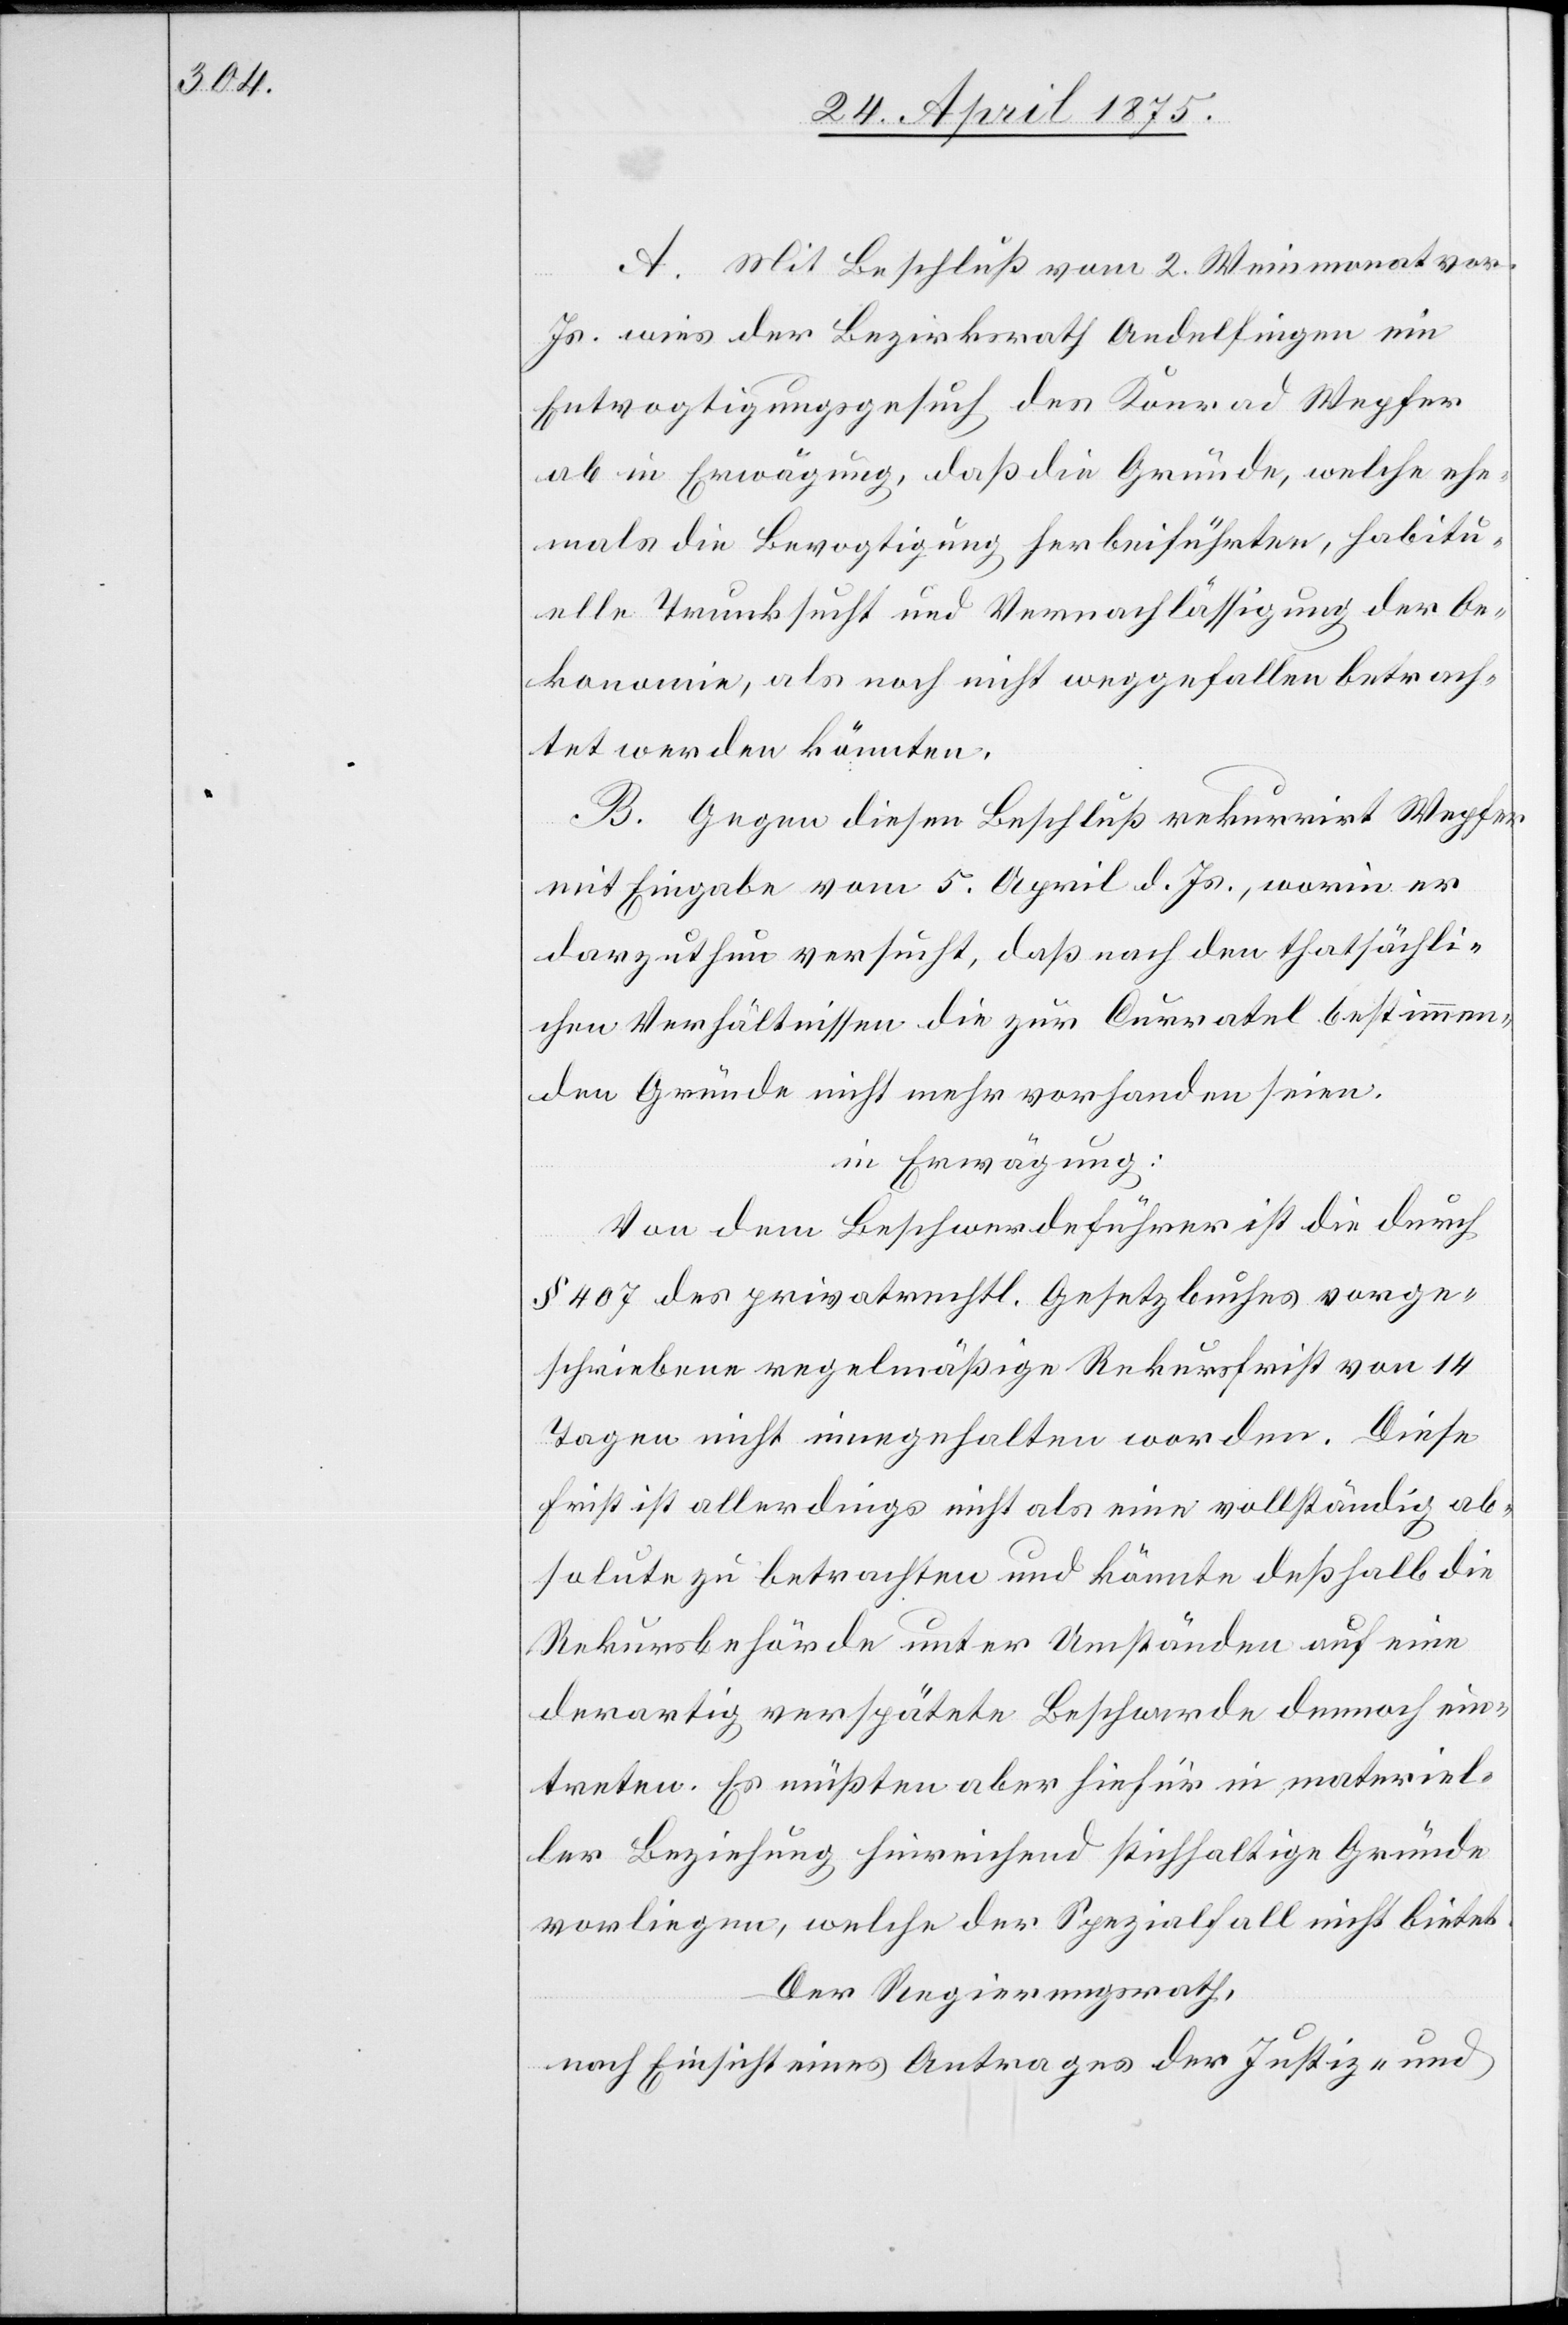
A. Mit Beschluß vom 2. Weinmonat vor.
Js. wies der Bezirksrath Andelfingen ein
Entvogtigungsgesuch des Konrad Wegher
ab in Erwägung, daß die Gründe, welche ehe¬
mals die Bevogtigung herbeiführten, habitu¬
elle Trunksucht und Vernachlässigung der Oe¬
konomie, als noch nicht weggefallen betrach¬
tet werden könnten.
B. Gegen diesen Beschluß rekurrirt Wegher
mit Eingabe vom 5. April d. Js., worin er
darzuthun versucht, daß nach den thatsächli¬
chen Verhältnissen die zur Curratel bestimmen¬
den Gründe nicht mehr vorhanden seien.
in Erwägung:
Von dem Beschwerdeführer ist die durch
§ 407 des privatrechtl. Gesetzbuches vorge¬
schriebene regelmäßige Rekursfrist von 14
Tagen nicht eingehalten worden. Diese
Frist ist allerdings nicht als eine vollständig ab¬
solute zu betrachten und könnte deßhalb die
Rekursbehörde unter Umständen auf eine
derartig vergütete Beschwerde demnach ein¬
treten. Es müßten aber hiefür in materiel¬
ler Beziehung hinreichend stichhaltige Gründe
vorliegen, welche der Spezialfall nicht bietet.
Der Regierungsrath,
nach Einsicht eines Antrages der Justiz- und